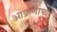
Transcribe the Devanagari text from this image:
आक्रणाच्या